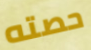
حصته